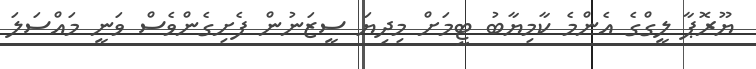
ޔޫރޮޕާ ލީގްގެ އެންމެ ކާމިޔާބު ޓީމަށް މިދިޔަ ސީޒަނުން ފެށިގެންވެސް ވަނީ މައްސަލަ